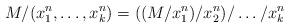
LaTeX: \begin{align*}M/(x_1^n, \dots, x_k^n) = ((M/x_1^n)/x_2^n)/\dots/x_k^n\end{align*}